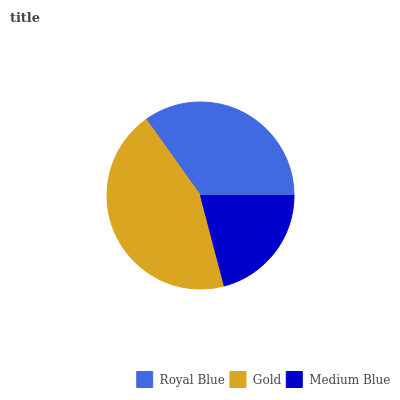
| Royal Blue | Gold | Medium Blue |
 | --- | --- | --- |
 | 34.9% | 44.3% | 20.9% |